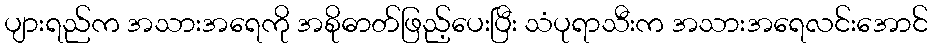
ပျားရည်က အသားအရေကို အစိုဓာတ်ဖြည့်ပေးပြီး သံပုရာသီးက အသားအရေလင်းအောင်